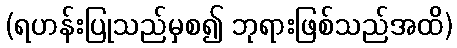
(ရဟန်းပြုသည်မှစ၍ ဘုရားဖြစ်သည်အထိ)